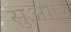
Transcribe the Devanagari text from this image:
सुआप